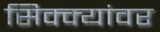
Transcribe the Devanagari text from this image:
सिक्क्यांवर